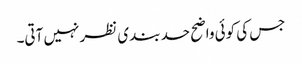
جس کی کوئی واضح حد بندی نظر نہیں آتی۔